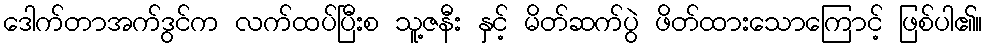
ဒေါက်တာအက်ဒွင်က လက်ထပ်ပြီးစ သူ့ဇနီး နှင့် မိတ်ဆက်ပွဲ ဖိတ်ထားသောကြောင့် ဖြစ်ပါ၏။